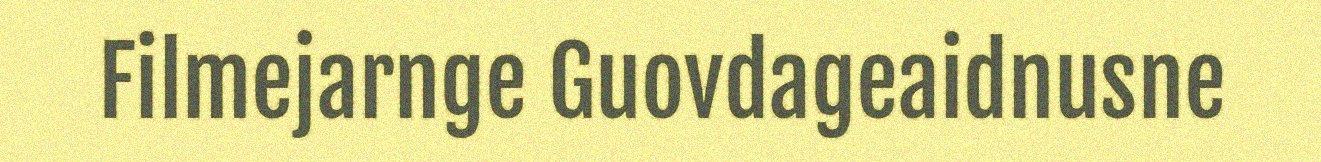
Filmejarnge Guovdageaidnusne